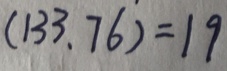
( 1 3 3 、 7 6 ) = 1 9